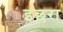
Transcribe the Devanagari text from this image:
इछरा